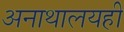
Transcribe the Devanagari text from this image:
अनाथालयही